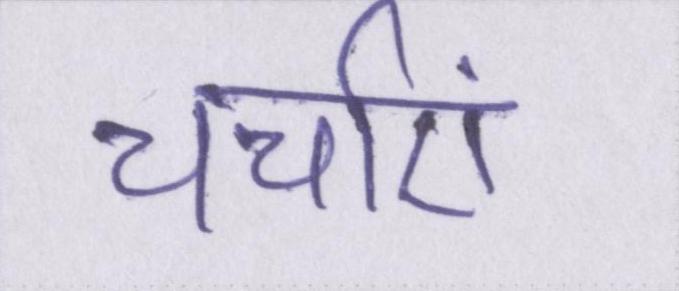
चर्चाएं